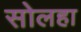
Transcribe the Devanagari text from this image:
सोलहा